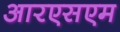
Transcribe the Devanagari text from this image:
आरएसएम